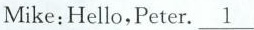
Mike:Hello,Peter.\underline{1}